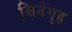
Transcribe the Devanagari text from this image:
सिनेगृह